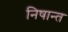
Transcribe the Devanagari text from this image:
निषान्त